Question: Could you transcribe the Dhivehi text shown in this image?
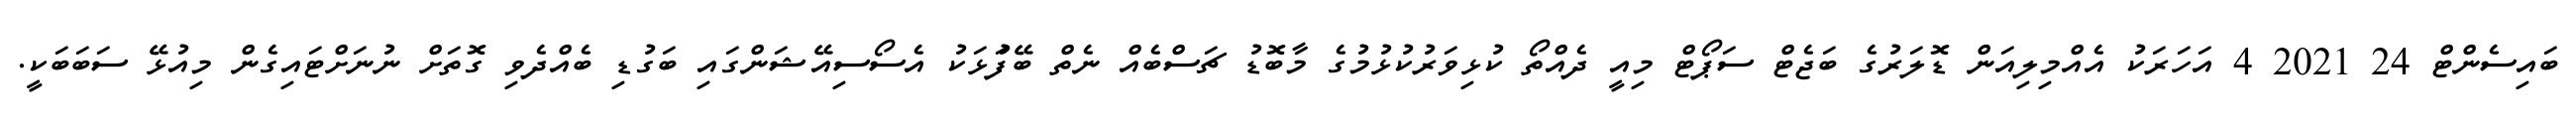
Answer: ބައިސެންޓް 24 2021 4 އަހަރަކު އެއްމިލިއަން ޑޮލަރުގެ ބަޖެޓް ސަޕޯޓް މިއީ ދެއްތޯ ކުޅިވަރުކުޅުމުގެ މާބޮޑު ޗަސްބެއް ނެތް ބޭފަުޅަކު އެސޯސިއޭޝަންގައި ބަގުޑި ބެއްދެވި ގޮތަށް ނުނަށްޓައިގެން މިއުޅޭ ސަބަބަކީ.